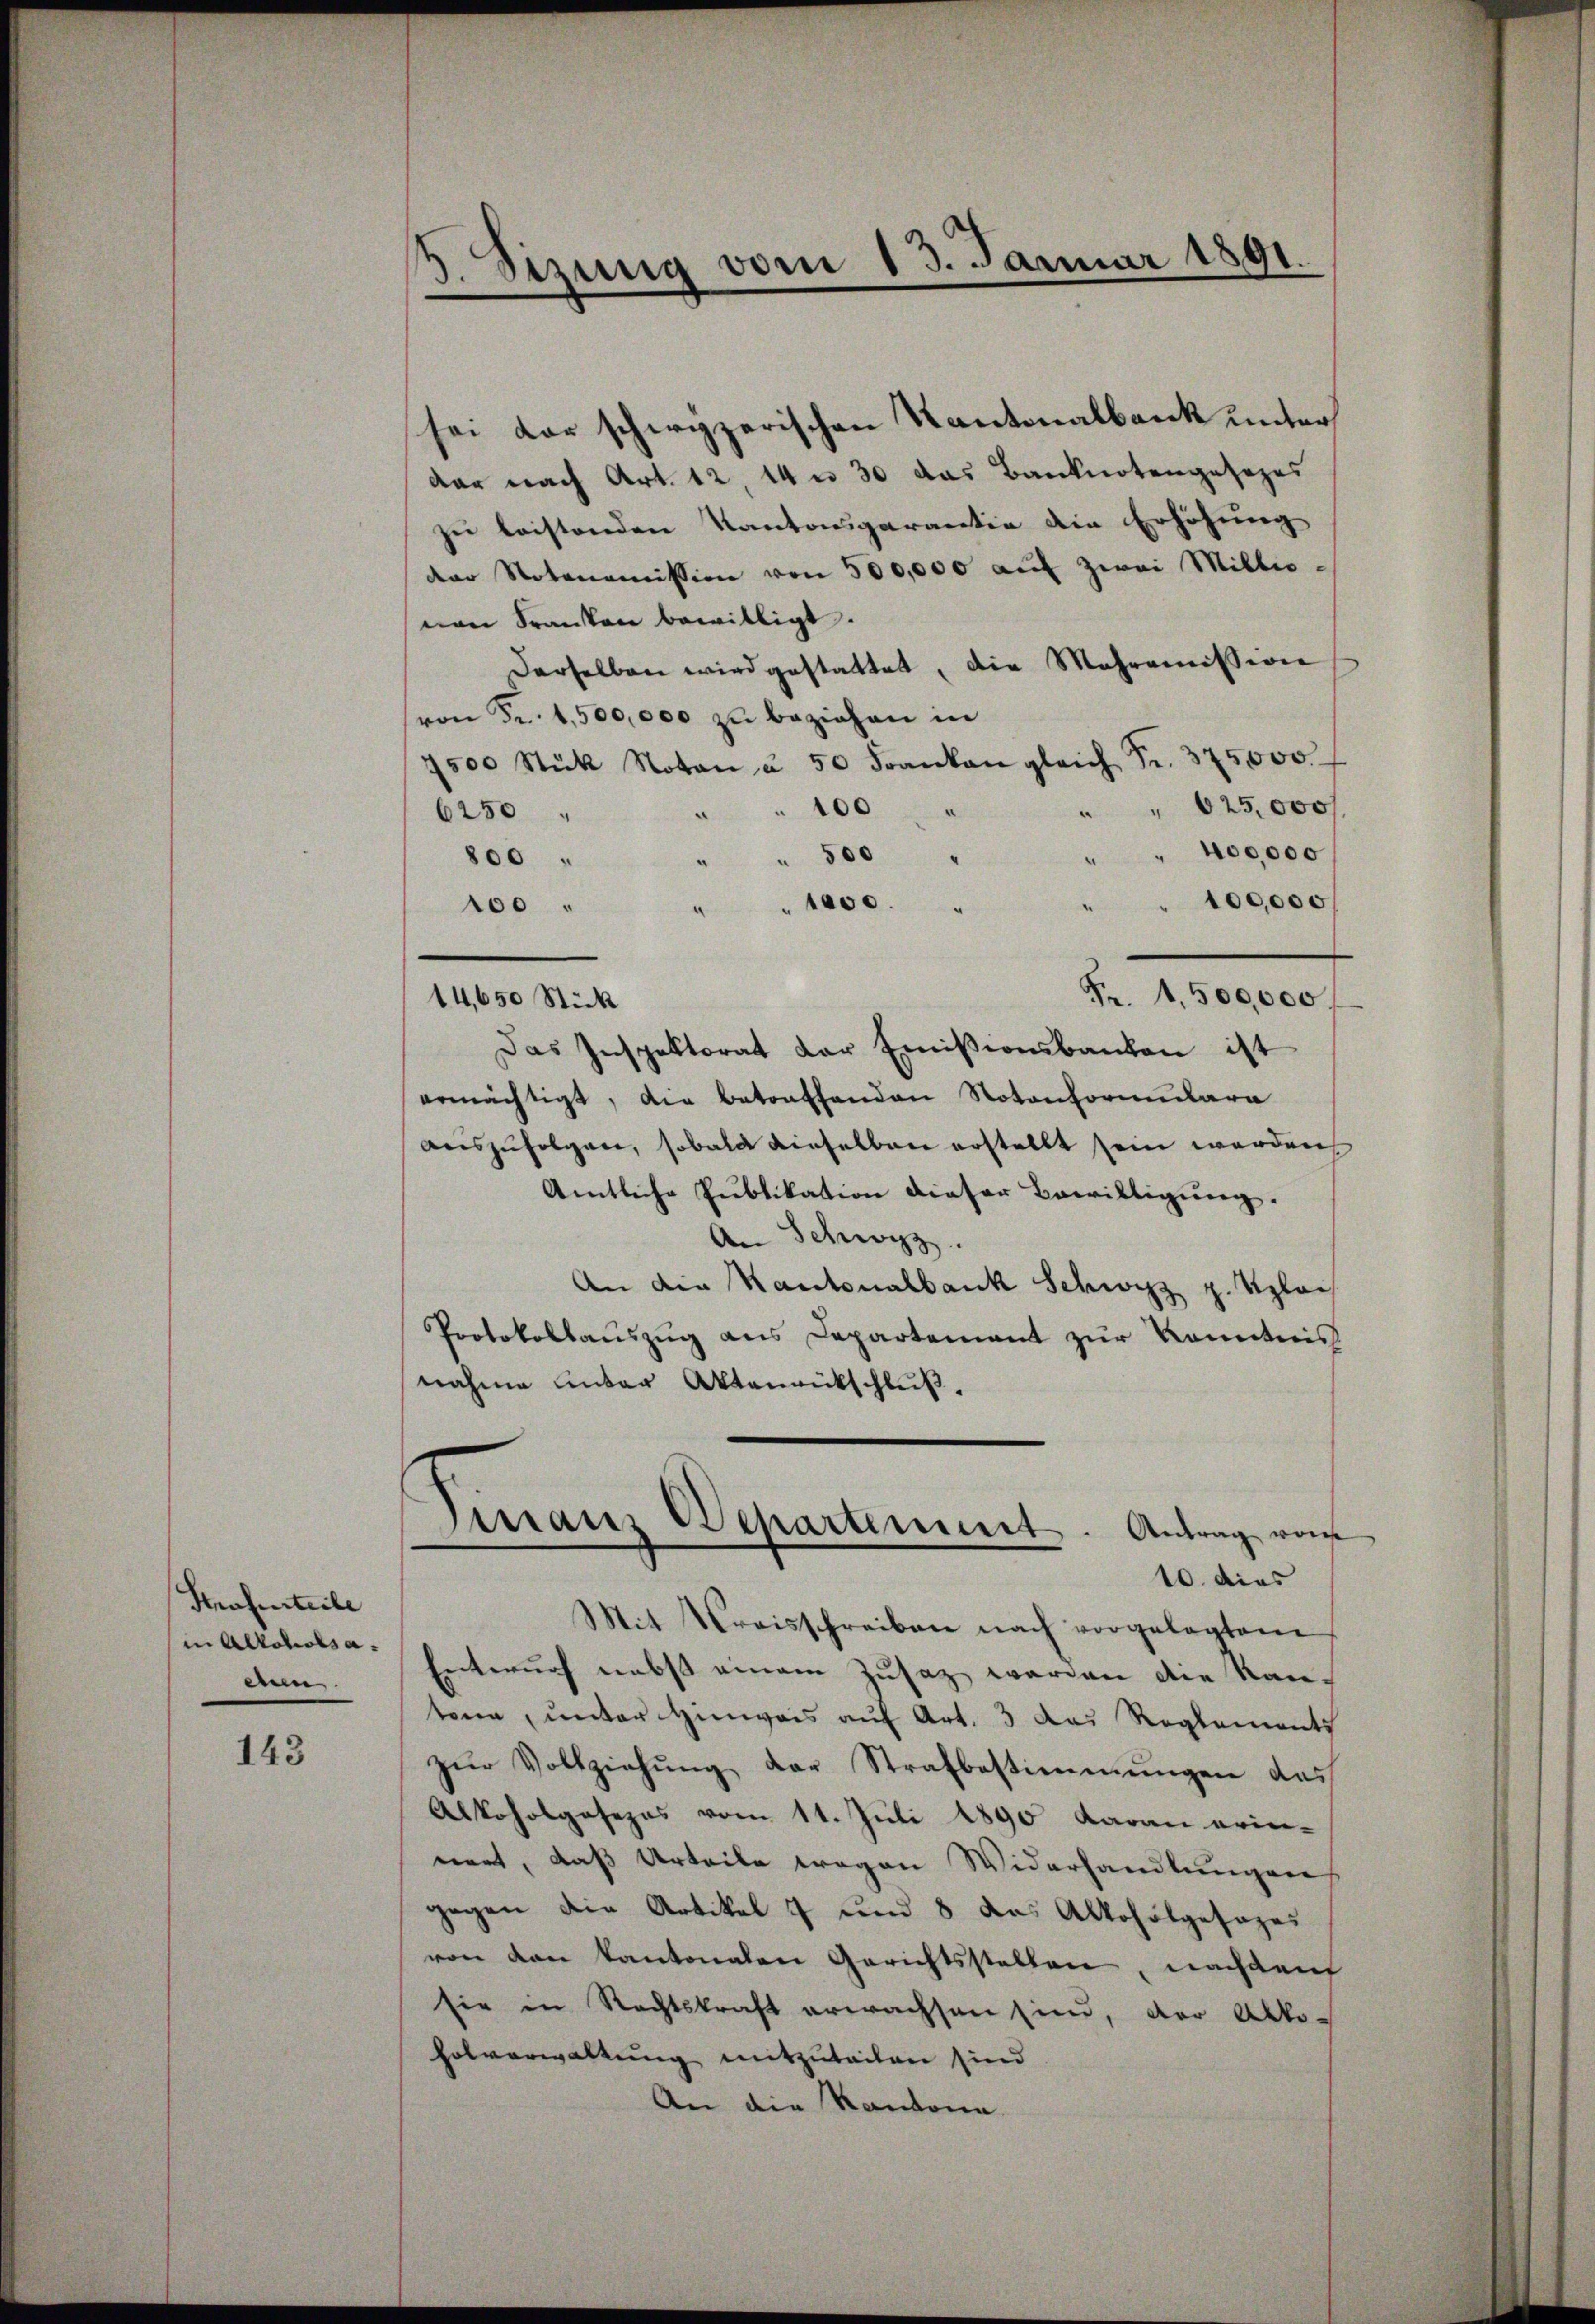
Strafurteile
in Alkoholsa
de.

143

3. Sizung vom 13. Januar 1891.

sei der schirgzerischen Kantonalbank unter
dar nach Art. 12, 14 n 30 das Banknotengesezes
zu leistenden Kantonsgarantie die Erhöhung
der Notonomission von 500,000 aŭf zwei Millio-
nen Franken bewilligt.
Derselben wird gestattet, die Mehromission
von Fr. 1,500,000 zu beziehen in
7500 Stück Noten u. 50 Franken gleich Fr. 375,000.
" " 625,000 f
100
¬
6250
" " 400,000
" " 500 "
800
100,000
“
" " 1000.
100
Fr. 1,500,000.
14,650 Stick
Das Inspektorat der Emissionsbanken ist
ermächtigt, die betreffenden Notonformulara
auszufolgen, sobald dieselben erstellt sein werden,
Amtliche Publikation dieser Bewilligŭng.
An Schwyz
An die Kantonalbank Schwyz z. Klais
Protokollauszug aus Departement zur Kenntnis
nahme unter Aktenrückschluß,

Finanz Departement. Antrag von
10. dies

Mit Kreisschreiben nach vorgelegten
Entwurf nebst einem Zusaz werden die Kan-
tern, unter Hinweis auf Art. 3 das Reglements
zŭr Vollziehŭng der Strafbestimmungen das
Alkoholgesezes vom 11. Juli 1890 daran orien-
nert, daß Urteile wegen Widerhandlungen
gegen die Artikel 7 und 8 das Alkoholgesezes
von den kantonalen Gerichtsstellen, nachdem
sie in Rechtskraft erwachsen sind, der Akko-
holverwaltung mitzuteilen sind
An die Kantona